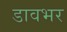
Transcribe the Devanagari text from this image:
डावभर